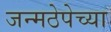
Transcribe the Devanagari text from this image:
जन्मठेपेच्या